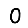
Digit: 0